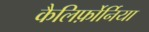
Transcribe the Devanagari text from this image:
कैलिर्फ़ोर्निया